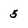
Character: 5